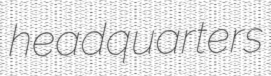
headquarters